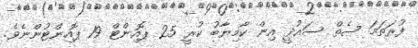
ފުރަތަމަ ސެތް ސައުދީ އިން ކާމިޔާބު ކުރީ 25 ޕޮއިންޓް 19 ޕޮއިންޓުންނެވެ.